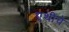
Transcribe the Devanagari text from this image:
एथीचे